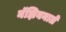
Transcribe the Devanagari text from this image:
नॅझियनाले